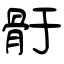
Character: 骬